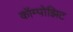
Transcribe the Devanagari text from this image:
कॉम्पोझिट